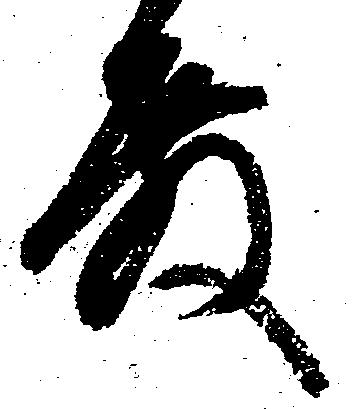
殿